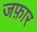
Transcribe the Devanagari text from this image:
जफ़ार